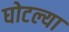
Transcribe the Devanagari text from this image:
घोटल्या